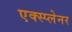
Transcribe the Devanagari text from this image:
एक्स्प्लेनर